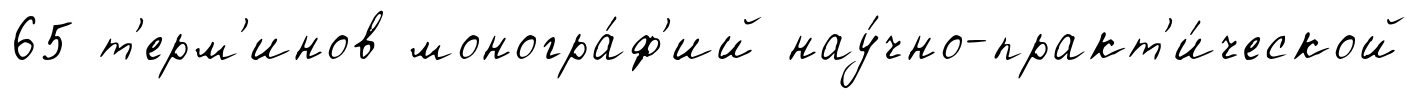
65 т'ерм'инов моногра́ф'ий нау́чно-практ'и́ческой